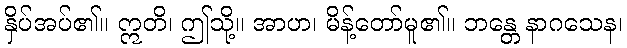
နှိပ်အပ်၏။ ဣတိ၊ ဤသို့။ အာဟ၊ မိန့်တော်မူ၏။ ဘန္တေ နာဂသေန၊